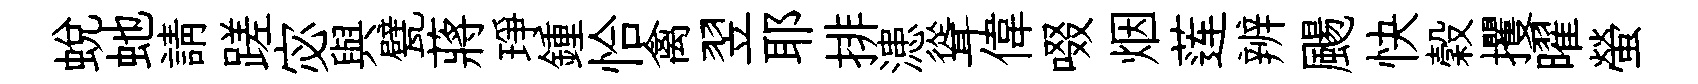
蜕虵請蹉宓與甓蔣琤鍾恰禽翌耶排漶聳偉啜烟莲辨颺快穀攫曜螢